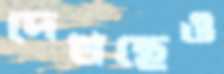
দেখছেও